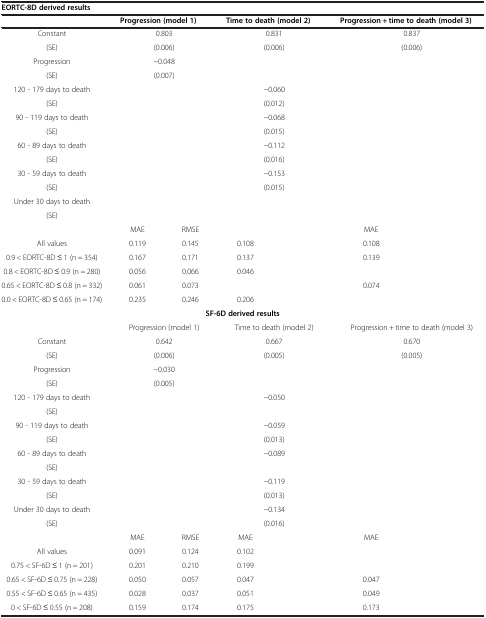
<table><thead><tr><td colspan="7"><b>EORTC-8D derived results</b></td></tr><tr><td>[EMPTY_CELL]</td><td colspan="2"><b>Progression (model 1)</b></td><td colspan="2"><b>Time to death (model 2)</b></td><td colspan="2"><b>Progression + time to death (model 3)</b></td></tr></thead><tbody><tr><td>Constant</td><td colspan="2">0.803</td><td colspan="2">0.831</td><td colspan="2">0.837</td></tr><tr><td>(SE)</td><td colspan="2">(0.006)</td><td colspan="2">(0.006)</td><td colspan="2">(0.006)</td></tr><tr><td>Progression</td><td colspan="2">−0.048</td><td>[EMPTY_CELL]</td><td>[EMPTY_CELL]</td><td colspan="2">[EMPTY_CELL]</td></tr><tr><td>(SE)</td><td colspan="2">(0.007)</td><td>[EMPTY_CELL]</td><td>[EMPTY_CELL]</td><td colspan="2">[EMPTY_CELL]</td></tr><tr><td>120 - 179 days to death</td><td>[EMPTY_CELL]</td><td>[EMPTY_CELL]</td><td colspan="2">−0.060</td><td colspan="2">[EMPTY_CELL]</td></tr><tr><td>(SE)</td><td>[EMPTY_CELL]</td><td>[EMPTY_CELL]</td><td colspan="2">(0.012)</td><td colspan="2">[EMPTY_CELL]</td></tr><tr><td>90 - 119 days to death</td><td>[EMPTY_CELL]</td><td>[EMPTY_CELL]</td><td colspan="2">−0.068</td><td colspan="2">[EMPTY_CELL]</td></tr><tr><td>(SE)</td><td>[EMPTY_CELL]</td><td>[EMPTY_CELL]</td><td colspan="2">(0.015)</td><td colspan="2">[EMPTY_CELL]</td></tr><tr><td>60 - 89 days to death</td><td>[EMPTY_CELL]</td><td>[EMPTY_CELL]</td><td colspan="2">−0.112</td><td colspan="2">[EMPTY_CELL]</td></tr><tr><td>(SE)</td><td>[EMPTY_CELL]</td><td>[EMPTY_CELL]</td><td colspan="2">(0.016)</td><td colspan="2">[EMPTY_CELL]</td></tr><tr><td>30 - 59 days to death</td><td>[EMPTY_CELL]</td><td>[EMPTY_CELL]</td><td colspan="2">−0.153</td><td colspan="2">[EMPTY_CELL]</td></tr><tr><td>(SE)</td><td>[EMPTY_CELL]</td><td>[EMPTY_CELL]</td><td colspan="2">(0.015)</td><td colspan="2">[EMPTY_CELL]</td></tr><tr><td>Under 30 days to death</td><td>[EMPTY_CELL]</td><td>[EMPTY_CELL]</td><td colspan="2">[EMPTY_CELL]</td><td colspan="2">[EMPTY_CELL]</td></tr><tr><td>(SE)</td><td>[EMPTY_CELL]</td><td>[EMPTY_CELL]</td><td colspan="2">[EMPTY_CELL]</td><td colspan="2">[EMPTY_CELL]</td></tr><tr><td>[EMPTY_CELL]</td><td>MAE</td><td>RMSE</td><td>[EMPTY_CELL]</td><td>[EMPTY_CELL]</td><td>MAE</td><td>[EMPTY_CELL]</td></tr><tr><td>All values</td><td>0.119</td><td>0.145</td><td>0.108</td><td>[EMPTY_CELL]</td><td>0.108</td><td>[EMPTY_CELL]</td></tr><tr><td>0.9 &lt; EORTC-8D ≤ 1 (n = 354)</td><td>0.167</td><td>0.171</td><td>0.137</td><td>[EMPTY_CELL]</td><td>0.139</td><td>[EMPTY_CELL]</td></tr><tr><td>0.8 &lt; EORTC-8D ≤ 0.9 (n = 280)</td><td>0.056</td><td>0.066</td><td>0.046</td><td>[EMPTY_CELL]</td><td>[EMPTY_CELL]</td><td>[EMPTY_CELL]</td></tr><tr><td>0.65 &lt; EORTC-8D ≤ 0.8 (n = 332)</td><td>0.061</td><td>0.073</td><td>[EMPTY_CELL]</td><td>[EMPTY_CELL]</td><td>0.074</td><td>[EMPTY_CELL]</td></tr><tr><td>0.0 &lt; EORTC-8D ≤ 0.65 (n = 174)</td><td>0.235</td><td>0.246</td><td>0.206</td><td>[EMPTY_CELL]</td><td>[EMPTY_CELL]</td><td>[EMPTY_CELL]</td></tr><tr><td colspan="7"><b>SF-6D derived results</b></td></tr><tr><td>[EMPTY_CELL]</td><td colspan="2">Progression (model 1)</td><td colspan="2">Time to death (model 2)</td><td colspan="2">Progression + time to death (model 3)</td></tr><tr><td>Constant</td><td colspan="2">0.642</td><td colspan="2">0.667</td><td colspan="2">0.670</td></tr><tr><td>(SE)</td><td colspan="2">(0.006)</td><td colspan="2">(0.005)</td><td colspan="2">(0.005)</td></tr><tr><td>Progression</td><td colspan="2">−0.030</td><td>[EMPTY_CELL]</td><td>[EMPTY_CELL]</td><td colspan="2">[EMPTY_CELL]</td></tr><tr><td>(SE)</td><td colspan="2">(0.005)</td><td>[EMPTY_CELL]</td><td>[EMPTY_CELL]</td><td colspan="2">[EMPTY_CELL]</td></tr><tr><td>120 - 179 days to death</td><td>[EMPTY_CELL]</td><td>[EMPTY_CELL]</td><td colspan="2">−0.050</td><td colspan="2">[EMPTY_CELL]</td></tr><tr><td>(SE)</td><td>[EMPTY_CELL]</td><td>[EMPTY_CELL]</td><td colspan="2">[EMPTY_CELL]</td><td colspan="2">[EMPTY_CELL]</td></tr><tr><td>90 - 119 days to death</td><td>[EMPTY_CELL]</td><td>[EMPTY_CELL]</td><td colspan="2">−0.059</td><td colspan="2">[EMPTY_CELL]</td></tr><tr><td>(SE)</td><td>[EMPTY_CELL]</td><td>[EMPTY_CELL]</td><td colspan="2">(0.013)</td><td colspan="2">[EMPTY_CELL]</td></tr><tr><td>60 - 89 days to death</td><td>[EMPTY_CELL]</td><td>[EMPTY_CELL]</td><td colspan="2">−0.089</td><td colspan="2">[EMPTY_CELL]</td></tr><tr><td>(SE)</td><td>[EMPTY_CELL]</td><td>[EMPTY_CELL]</td><td colspan="2">[EMPTY_CELL]</td><td colspan="2">[EMPTY_CELL]</td></tr><tr><td>30 - 59 days to death</td><td>[EMPTY_CELL]</td><td>[EMPTY_CELL]</td><td colspan="2">−0.119</td><td colspan="2">[EMPTY_CELL]</td></tr><tr><td>(SE)</td><td>[EMPTY_CELL]</td><td>[EMPTY_CELL]</td><td colspan="2">(0.013)</td><td colspan="2">[EMPTY_CELL]</td></tr><tr><td>Under 30 days to death</td><td>[EMPTY_CELL]</td><td>[EMPTY_CELL]</td><td colspan="2">−0.134</td><td colspan="2">[EMPTY_CELL]</td></tr><tr><td>(SE)</td><td>[EMPTY_CELL]</td><td>[EMPTY_CELL]</td><td colspan="2">(0.016)</td><td colspan="2">[EMPTY_CELL]</td></tr><tr><td>[EMPTY_CELL]</td><td>MAE</td><td>RMSE</td><td>MAE</td><td>[EMPTY_CELL]</td><td>MAE</td><td>[EMPTY_CELL]</td></tr><tr><td>All values</td><td>0.091</td><td>0.124</td><td>0.102</td><td>[EMPTY_CELL]</td><td>[EMPTY_CELL]</td><td>[EMPTY_CELL]</td></tr><tr><td>0.75 &lt; SF-6D ≤ 1 (n = 201)</td><td>0.201</td><td>0.210</td><td>0.199</td><td>[EMPTY_CELL]</td><td>[EMPTY_CELL]</td><td>[EMPTY_CELL]</td></tr><tr><td>0.65 &lt; SF-6D ≤ 0.75 (n = 228)</td><td>0.050</td><td>0.057</td><td>0.047</td><td>[EMPTY_CELL]</td><td>0.047</td><td>[EMPTY_CELL]</td></tr><tr><td>0.55 &lt; SF-6D ≤ 0.65 (n = 435)</td><td>0.028</td><td>0.037</td><td>0.051</td><td>[EMPTY_CELL]</td><td>0.049</td><td>[EMPTY_CELL]</td></tr><tr><td>0 &lt; SF-6D ≤ 0.55 (n = 208)</td><td>0.159</td><td>0.174</td><td>0.175</td><td>[EMPTY_CELL]</td><td>0.173</td><td>[EMPTY_CELL]</td></tr></tbody></table>